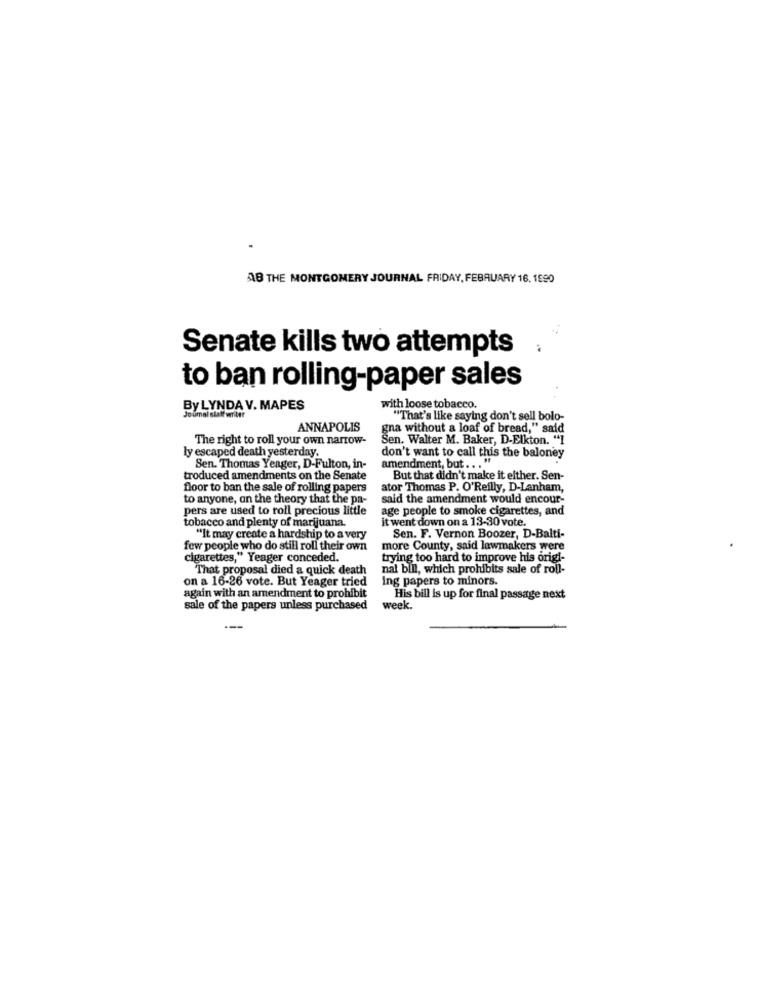
AB THE MONTGOMERY JOURNAL FRIDAY, FEBRUARY 16, 1990
Senate kills two attempts
to ban rolling-paper sales
By LYNDA V. MAPES
with loose tobacco.
Joumel staff writer
"That's like saying don't sell bolo-
ANNAPOLIS
gna without a loaf of bread," said
The right to roll your own narrow-
Sen. Walter M. Baker, D-Elkton. "1
ly escaped death yesterday.
don't want to call this the baloney
Sen. Thomas Yeager, D-Fulton, in-
amendment, but ... "
troduced amendments on the Senate
But that didn't make it elther. Sen-
floor to ban the sale of rolling papers
ator Thomas P. O'Reilly, D-Lanham,
to anyone, on the theory that the pa-
said the amendment would encour-
pers are used to roll precious little
age people to smoke cigarettes, and
tobacco and plenty of marijuana.
it went down on a 13-30 vote.
"It may create a hardship to a very
Sen. F. Vernon Boozer, D-Balti-
few people who do still roll their own
more County, said lawmakers were
cigarettes," Yeager conceded.
trying too hard to improve his origi-
That proposal died a quick death
nal bill, which prohibits sale of roll-
Ing papers to minors.
on a 16-26 vote. But Yeager tried
again with an amendment to prohibit
His bill is up for final passage next
sale of the papers unless purchased
week.
---